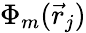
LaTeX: \Phi_{m}(\vec{r}_{j})